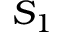
S _ { 1 }